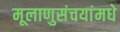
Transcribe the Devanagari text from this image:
मूलाणुसंचयांमधे